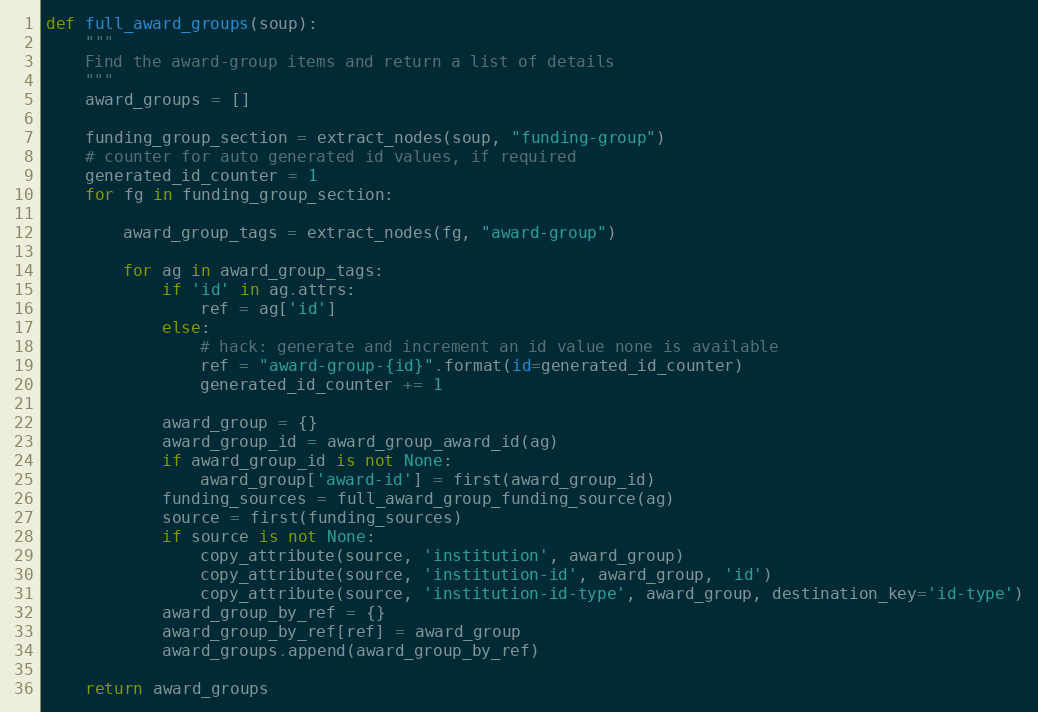
Language: Python
def full_award_groups(soup):
    """
    Find the award-group items and return a list of details
    """
    award_groups = []

    funding_group_section = extract_nodes(soup, "funding-group")
    # counter for auto generated id values, if required
    generated_id_counter = 1
    for fg in funding_group_section:

        award_group_tags = extract_nodes(fg, "award-group")

        for ag in award_group_tags:
            if 'id' in ag.attrs:
                ref = ag['id']
            else:
                # hack: generate and increment an id value none is available
                ref = "award-group-{id}".format(id=generated_id_counter)
                generated_id_counter += 1

            award_group = {}
            award_group_id = award_group_award_id(ag)
            if award_group_id is not None:
                award_group['award-id'] = first(award_group_id)
            funding_sources = full_award_group_funding_source(ag)
            source = first(funding_sources)
            if source is not None:
                copy_attribute(source, 'institution', award_group)
                copy_attribute(source, 'institution-id', award_group, 'id')
                copy_attribute(source, 'institution-id-type', award_group, destination_key='id-type')
            award_group_by_ref = {}
            award_group_by_ref[ref] = award_group
            award_groups.append(award_group_by_ref)

    return award_groups